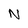
Character: N